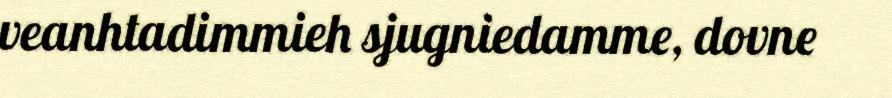
veanhtadimmieh sjugniedamme, dovne